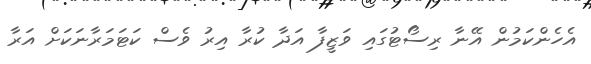
އެހެންކަމުން އޭނާ ރިސޯޓުގައި ވަޒީފާ އަދާ ކުރާ އިރު ވެސް ކަޓަމަރާނަކަށް އަރާ